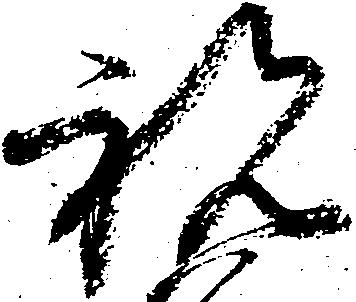
祝